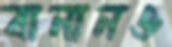
বানানও